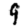
Digit: 9